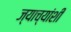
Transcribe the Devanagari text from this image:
ज्याच्यांशी